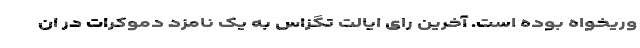
وریخواه بوده است. آخرین رای ایالت تگزاس به یک نامزد دموکرات در ان